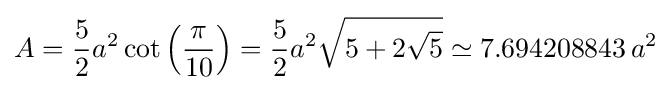
A={\frac {5}{2}}a^{2}\cot \left({\frac {\pi }{10}}\right)={\frac {5}{2}}a^{2}{\sqrt {5+2{\sqrt {5}}}}\simeq 7.694208843\,a^{2}